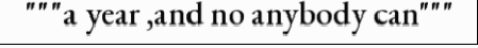
"""a year ,and no anybody can"""